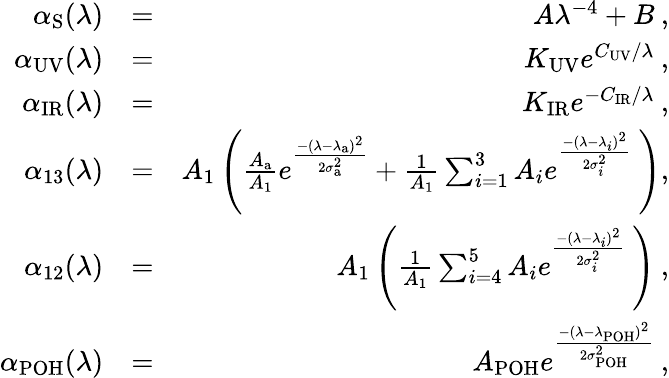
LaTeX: \begin{array}{rlr}{\alpha_{\mathrm{S}}(\lambda)}&{=}&{A\lambda^{-4}+B\: ,}\\ {\alpha_{\mathrm{UV}}(\lambda)}&{=}&{K_{\mathrm{UV}}e^{C_{\mathrm{UV}}/\lambda}\: ,}\\ {\alpha_{\mathrm{IR}}(\lambda)}&{=}&{K_{\mathrm{IR}}e^{-C_{\mathrm{IR}}/\lambda}\: ,}\\ {\alpha_{13}(\lambda)}&{=}&{A_{1}\left(\frac{A_{\mathrm{a}}}{A_{1}}e^{\frac{-(\lambda-\lambda_{\mathrm{a}})^{2}}{2\sigma_{\mathrm{a}}^{2}}}+\frac{1}{A_{1}}\sum_{i=1}^{3}A_{i}e^{\frac{-(\lambda-\lambda_{i})^{2}}{2\sigma_{i}^{2}}}\: \right),}\\ {\alpha_{12}(\lambda)}&{=}&{A_{1}\left(\frac{1}{A_{1}}\sum_{i=4}^{5}A_{i}e^{\frac{-(\lambda-\lambda_{i})^{2}}{2\sigma_{i}^{2}}}\: \right)\: ,}\\ {\alpha_{\mathrm{POH}}(\lambda)}&{=}&{A_{\mathrm{POH}}e^{\frac{-(\lambda-\lambda_{\mathrm{POH}})^{2}}{2\sigma_{\mathrm{POH}}^{2}}}\: ,}\end{array}